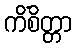
ကိံစိတ္တာ